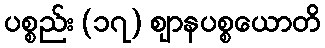
ပစ္စည်း (၁၇) ဈာနပစ္စယောတိ